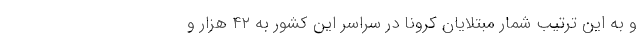
و به این ترتیب شمار مبتلایان کرونا در سراسر این کشور به ۴۲ هزار و